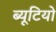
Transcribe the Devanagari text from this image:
ब्यूटियो